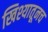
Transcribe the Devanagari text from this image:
खिश्यातूनच